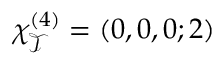
\chi _ { \mathcal { T } } ^ { ( 4 ) } = ( 0 , 0 , 0 ; 2 )